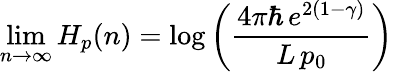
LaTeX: \operatorname*{lim}_{n\to\infty}H_{p}(n)=\log\left({\frac{4\pi\hbar\, e^{2(1-\gamma)}}{L\, p_{0}}}\right)